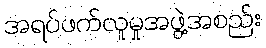
အရပ်ဖက်လူမှုအဖွဲ့အစည်း